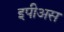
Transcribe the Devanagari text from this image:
इपीअस